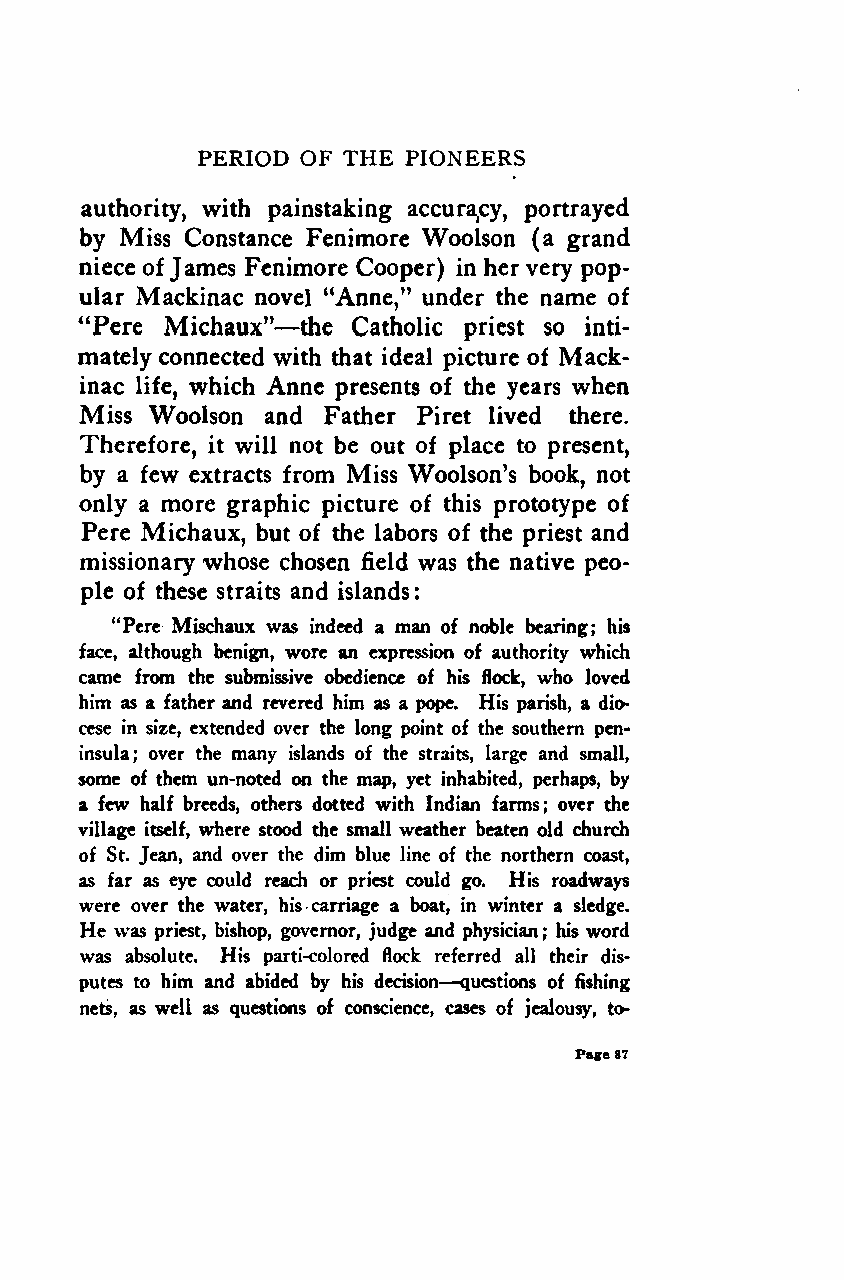
:
 PERIOD OF THE PIONEERS
 authority, with painstaking accuracy, portrayed
 by Miss Constance Fenimore Woolson (a grand
 niece ofJames Fenimore Cooper) in hervery pop-
 ular Mackinac novel "Anne," under the name of
 —
 "Pere Michaux" the Catholic priest so inti-
 mately connected with that ideal picture of Mack-
 inac life, which Anne presents of the years when
 Miss Woolson and Father Piret lived there.
 Therefore, it will not be out of place to present,
 by a few extracts from Miss Woolson's book, not
 only a more graphic picture of this prototype of
 Pere Michaux, but of the labors of the priest and
 missionary whose chosen field was the native peo-
 ple of these straits and islands
 "Pere Mischaux was indeed a man of noble bearing; his
 face, although benign, wore an expression of authority which
 came from the submissive obedience of his flock, who loved
 him as a father and revered him as a pope. His parish, a dio-
 cese in size, extended over the long point of the southern pen-
 insula; over the many islands of the straits, large and small,
 some of them un-noted on the map, yet inhabited, perhaps, by
 a few half breeds, others dotted with Indian farms; over the
 village itself, where stood the small weather beaten old church
 of St. Jean, and over the dim blue line of the northern coast,
 as far as eye could reach or priest could go. His roadways
 were over the water, his carriage a boat, in winter a sledge.
 He was priest, bishop, governor, judge and physician ; his word
 was absolute. His parti-colored flock referred all their dis-
 —
 putes to him and abided by his decision questions of fishing
 nets, as well as questions of conscience, cases of jealousy, to-
 Page87
 Google
 Digitizedby